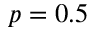
p = 0 . 5